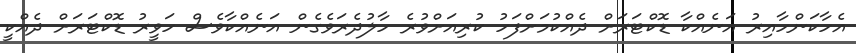
އެހާކަންހާއިރު އަނެއްކާ ޑޮކްޓަރަށް ދެއްކުމަށްފަހު ކުރިއަށްވުރެ ހާލުދެރަވެގެން އަނެއްކާވެސް ހަވީރު ޑޮކްޓަރަށް ދެއްކީ